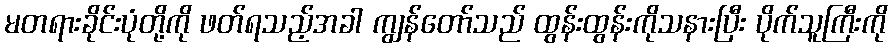
မတရားခိုင်းပုံတို့ကို ဖတ်ရသည့်အခါ ကျွန်တော်သည် ထွန်းထွန်းကိုသနားပြီး ပိုက်သူကြီးကို